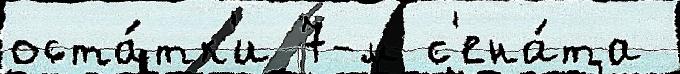
оста́тк'и 7-м с'ена́та